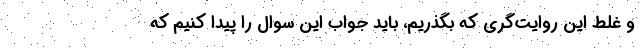
و غلط این روایت‌گری که بگذریم، باید جواب این سوال را پیدا کنیم که